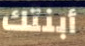
أبنتك